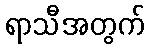
ရာသီအတွက်